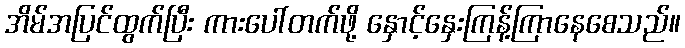
အိမ်အပြင်ထွက်ပြီး ကားပေါ်တက်ဖို့ နှောင့်နှေးကြန့်ကြာနေစေသည်။